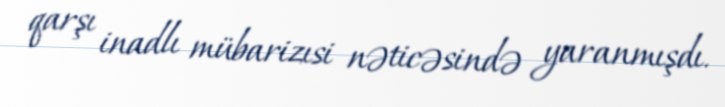
qarşı inadlı mübarizısi nəticəsində yaranmışdı.